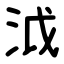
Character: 泧